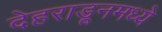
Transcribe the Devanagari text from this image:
देहराडूनमध्ये